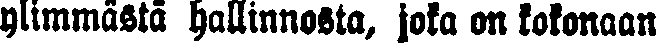
ylimmästä hallinnosta, joka on kokonaan